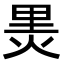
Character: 𭴬